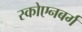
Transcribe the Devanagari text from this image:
स्कोएनबर्ग